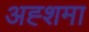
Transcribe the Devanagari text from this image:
अह्शमा